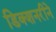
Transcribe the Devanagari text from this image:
डिक्शनरीने